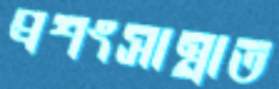
প্রশংসাস্নাত